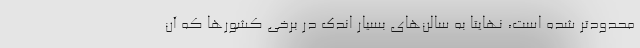
محدودتر شده است، نهایتا به سالن‌های بسیار اندک در برخی کشورها که آن